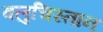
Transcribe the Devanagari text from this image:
वलुचिस्तान